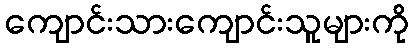
ကျောင်းသားကျောင်းသူများကို